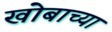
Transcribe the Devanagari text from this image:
खोबाच्या